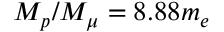
M _ { p } / M _ { \mu } = 8 . 8 8 m _ { e }